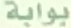
بوابة